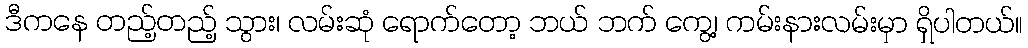
ဒီကနေ တည့်တည့် သွား၊ လမ်းဆုံ ရောက်တော့ ဘယ် ဘက် ကွေ့၊ ကမ်းနားလမ်းမှာ ရှိပါတယ်။